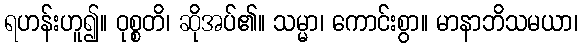
ရဟန်းဟူ၍။ ဝုစ္စတိ၊ ဆိုအပ်၏။ သမ္မာ၊ ကောင်းစွာ။ မာနာဘိသမယာ၊